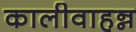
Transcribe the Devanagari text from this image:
कालीवाहन्न